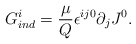
\begin{align*}G_{ind}^{i} = \frac{\mu}{Q} {\epsilon}^{ij0} \partial_{j} J^{0}.\end{align*}